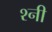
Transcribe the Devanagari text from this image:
श्नी